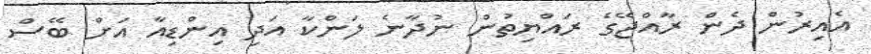
އެއިރުން ދެން ރާއްޖޭގެ ރައްޔިތުން ނުދާނެ ލަންކާ އަދި އިންޑިއާ އަށް ބޭސް